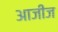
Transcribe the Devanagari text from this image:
आजीज